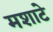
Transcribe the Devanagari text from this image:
मशाटे